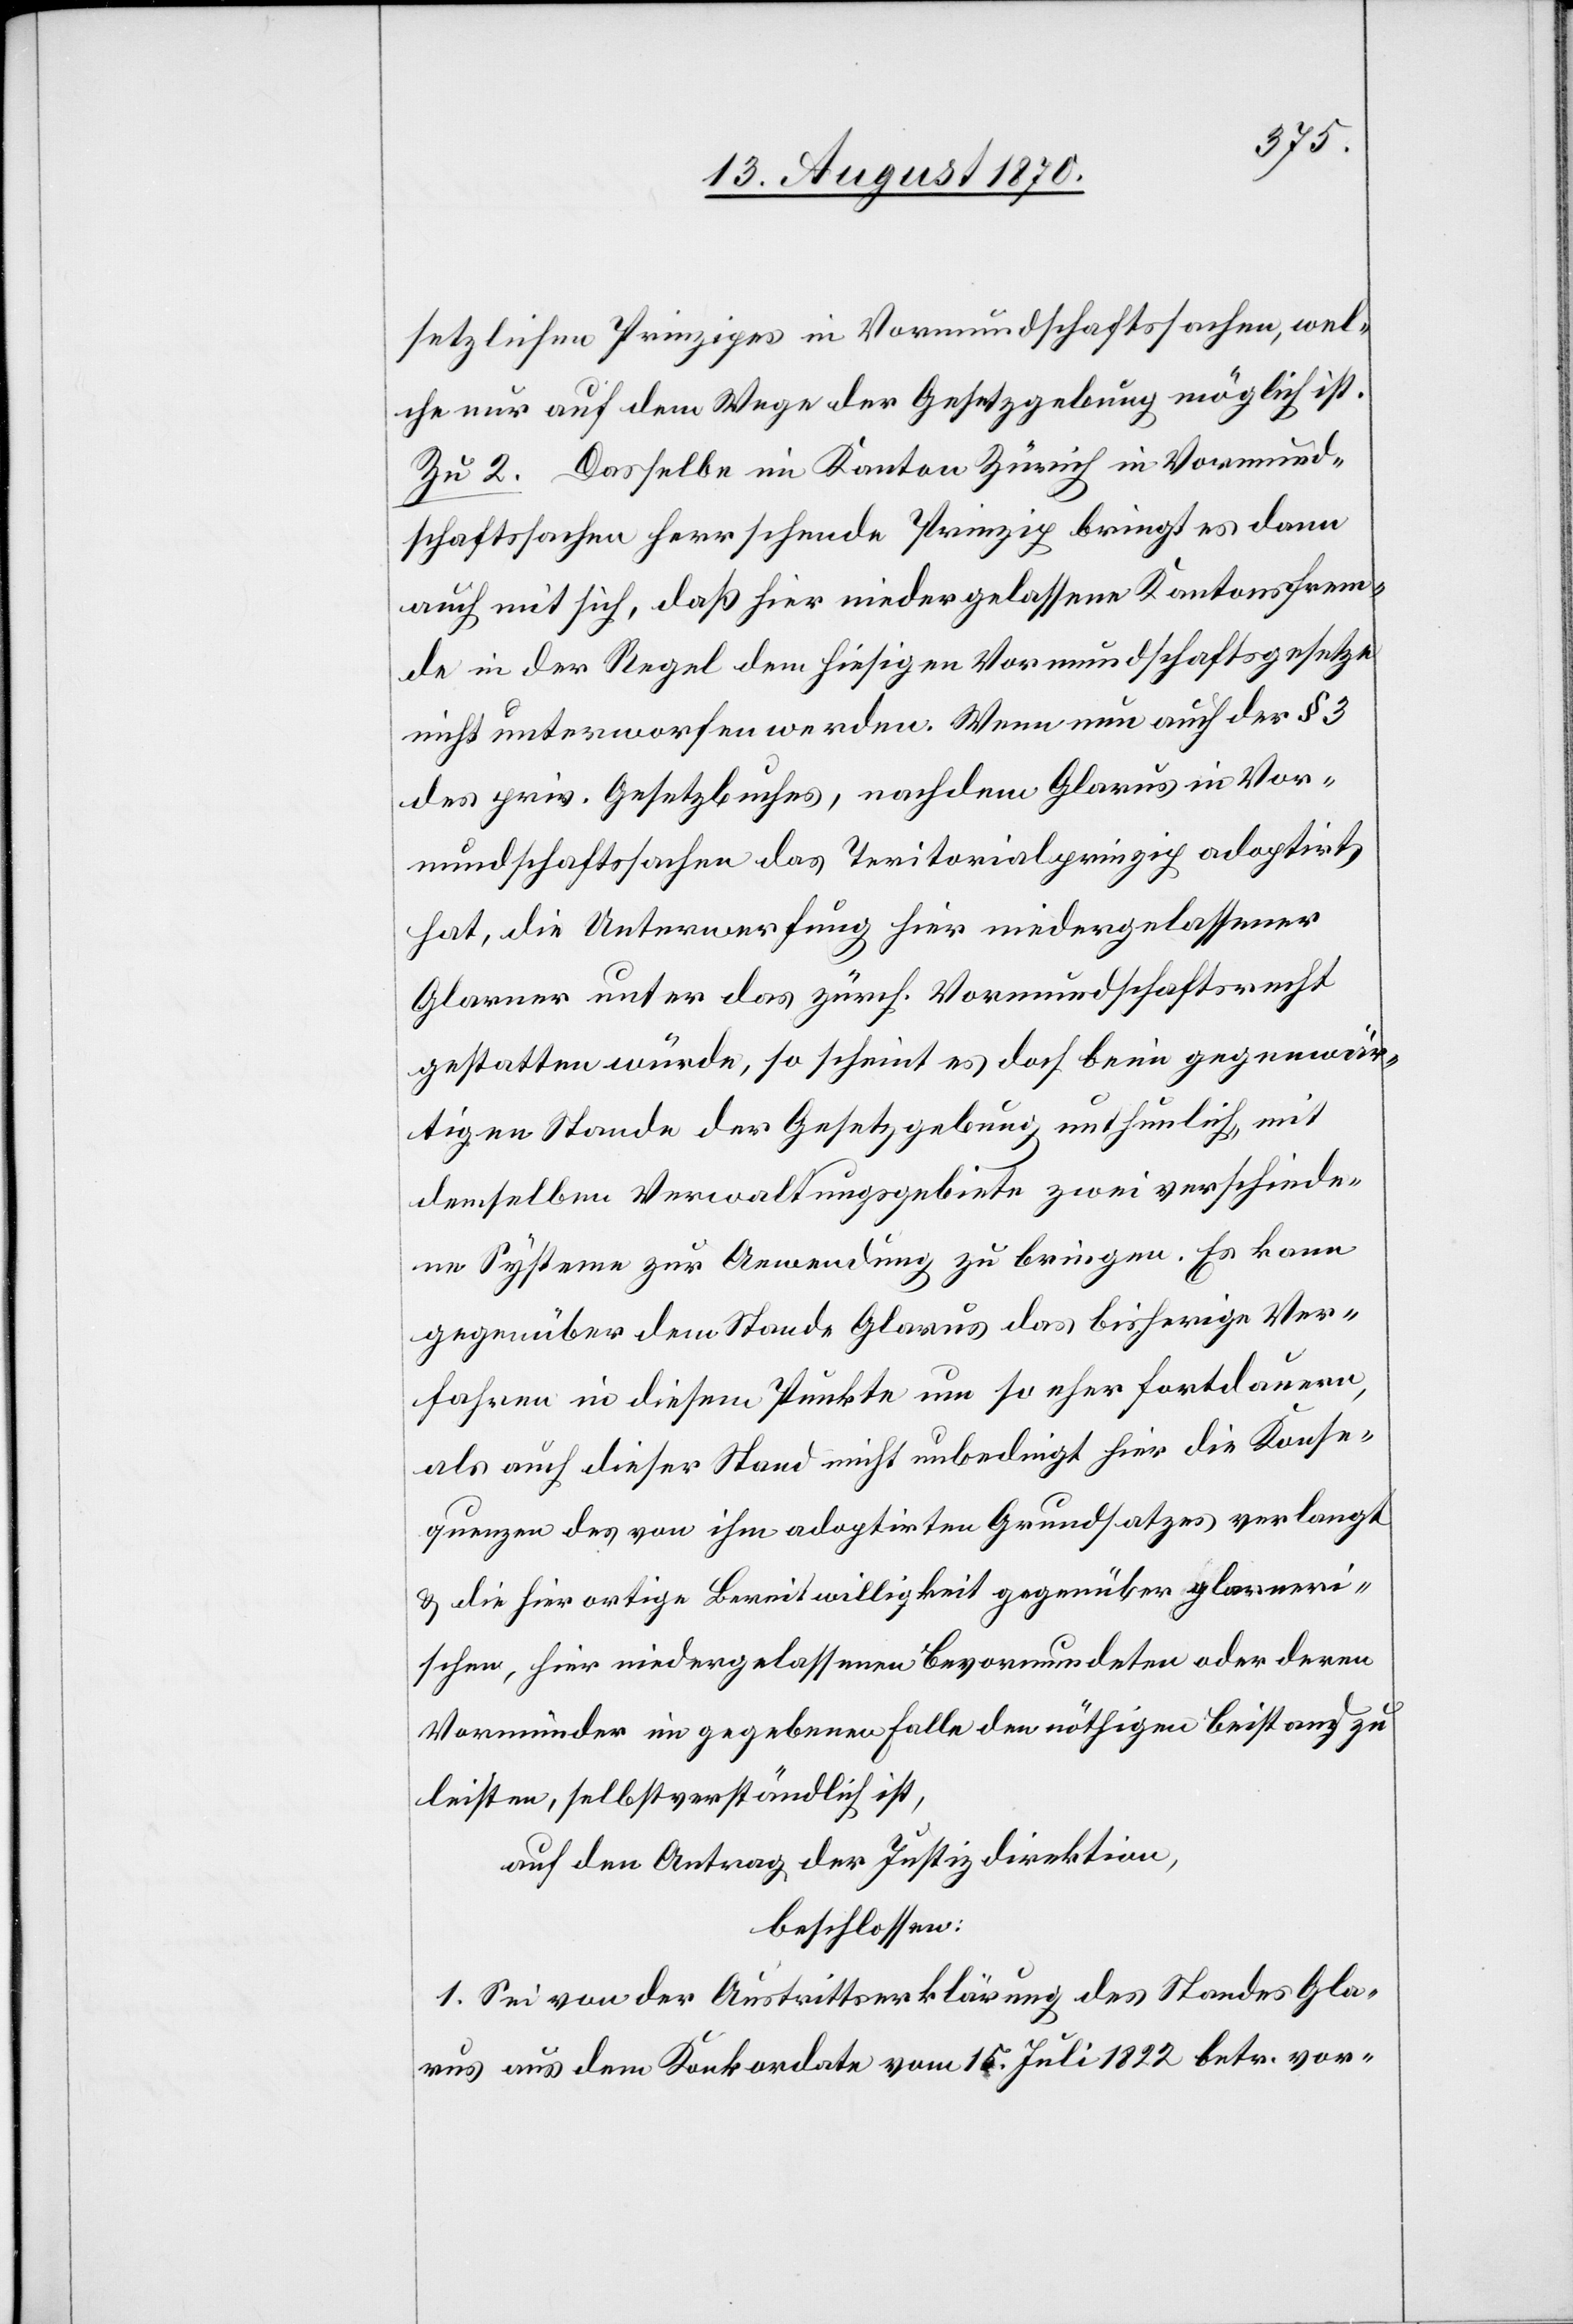
setzlichen Prinzipes in Vormundschaftssachen, wel¬
che nur auf dem Wege der Gesetzgebung möglich ist.
Zu 2. Dasselbe im Kanton Zürich in Vormund¬
schafssachen herrschende Prinzip bringt es dann
auch mit sich, daß hier niedergelassene Kantonsfrem¬
de in der Regel dem hiesigen Vormundschaftsgesetze
nicht unterworfen werden. Wenn nun auch der § 3
des priv. Gesetzbuches, nachdem Glarus in Vor¬
mundschafssachen das Teritorialprinzip adoptirt
hat, die Unterwerfung hier niedergelassener
Glarner unter das zürch. Vormundschaftsrecht
gestatten würde, so scheint es doch beim gegenwär¬
tigen Stande der Gesetzgebung unthunlich mit
demselben Verwaltungsgebiete zwei verschiede¬
ne Systeme zur Anwendung zu bringen. Es kann
gegenüber dem Stande Glarus das bisherige Ver¬
fahren in diesem Punkte um so eher fortdauern,
als auch dieser Stand nicht unbedingt hier die Konse¬
quenzen des von ihm adoptirten Grundsatzes verlangt
& die hierortige Bereitwilligkeit gegenüber glarneri¬
schen, hier niedergelassenen Bevormundeten oder deren
Vormünder im gegebenen Falle den nöthigen Beistand zu
leisten, selbstverständlich ist,
auf den Antrag der Justizdirektion,
beschlossen:
1. Sei von der Austrittserklärung des Standes Gla¬
rus aus dem Konkordate vom 15. Juli 1822 betr. vor-